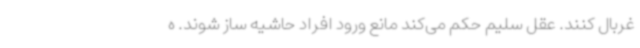
غربال کنند. عقل سلیم حکم می‌کند مانع ورود افراد حاشیه ساز شوند. ه